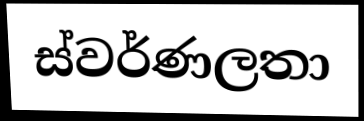
ස්වර්ණලතා